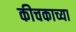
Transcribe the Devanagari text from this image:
कीचकाच्या